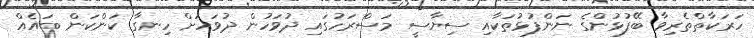
ހަރަކާތްތެރިވާ ބޭފުޅުންގެ ނަންފުޅުތަކާއި ސިޔާސީ މަސްރަހުގައި ދުވަހުން ދުވަހަށް ހިނގާ ކަންކަން ބައެއް